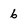
Character: 6